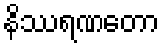
နိဿရဏတော